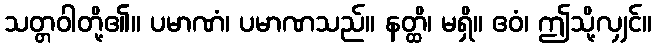
သတ္တဝါတို့၏။ ပမာဏံ၊ ပမာဏသည်။ နတ္ထိ၊ မရှိ။ ဧဝံ၊ ဤသို့လျှင်။